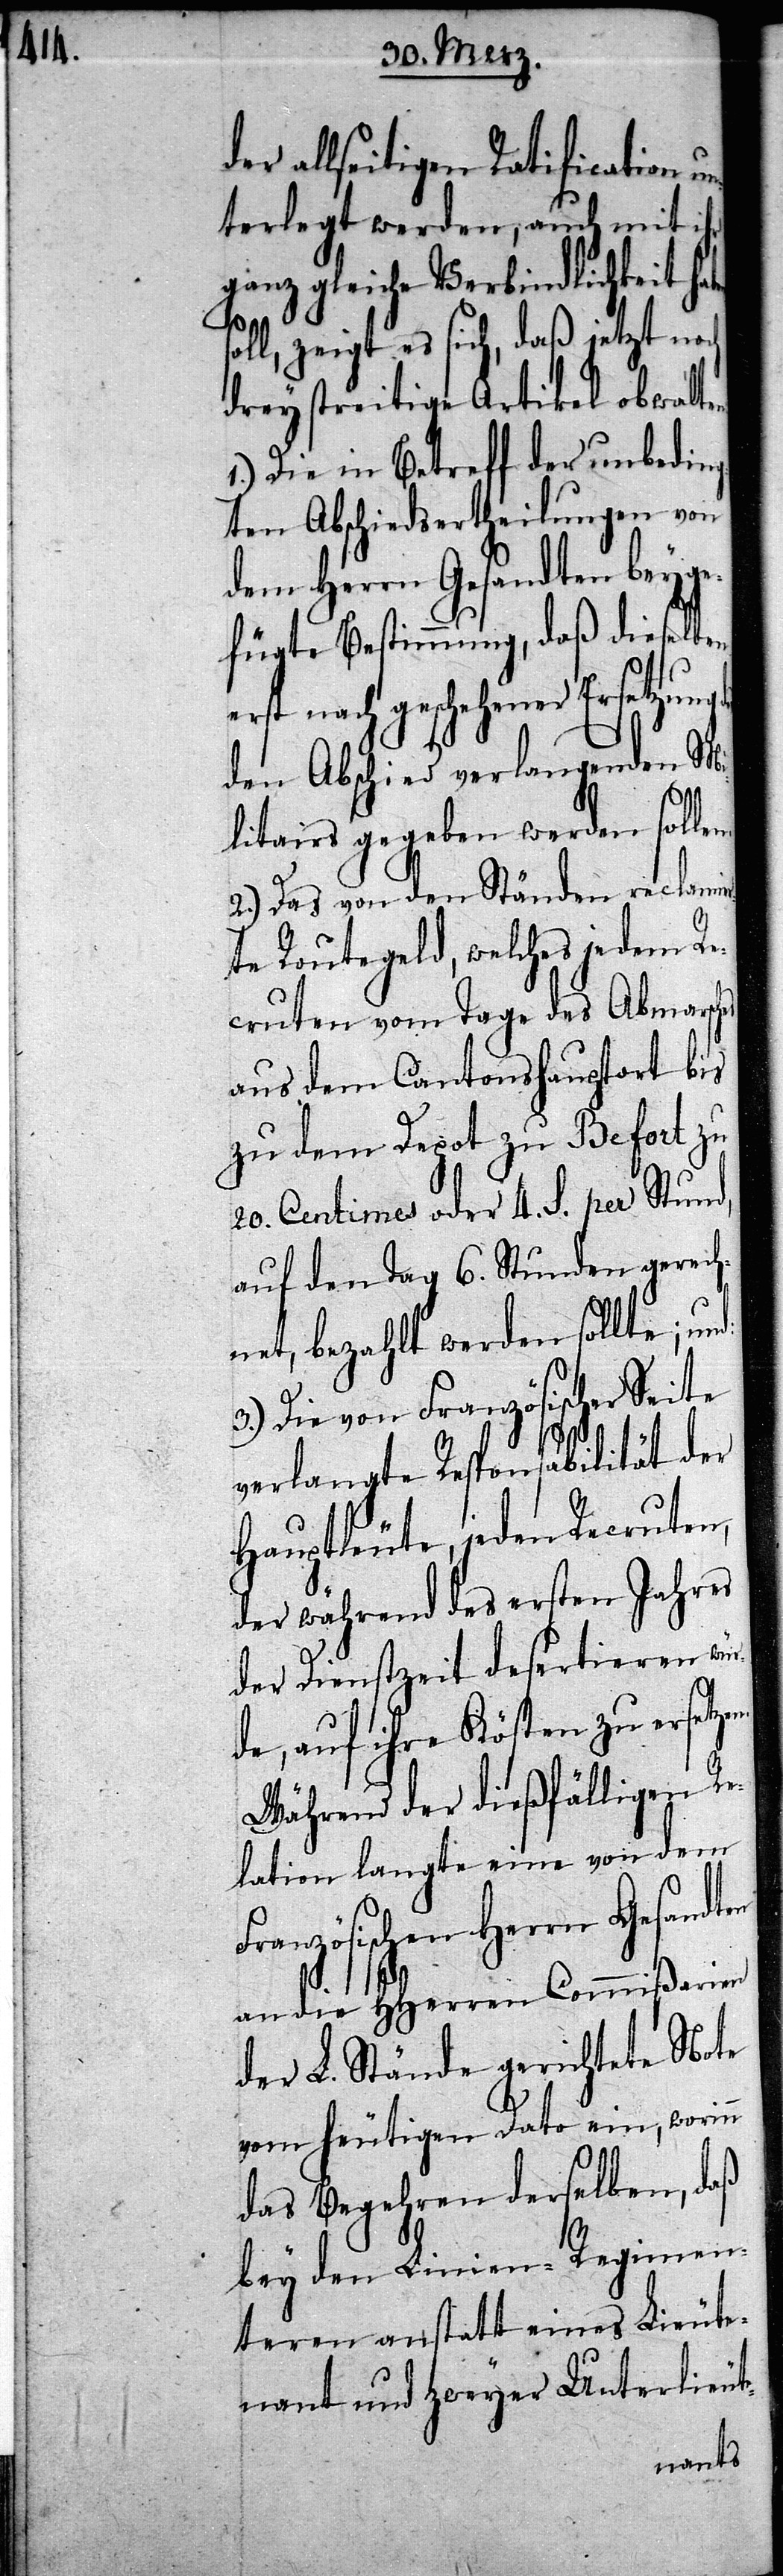
der allseitigen Ratification
terlegt werden, auch mit ihr
ganz gleiche Verbind¬
oll, zeigt es sich, daß jetzt noch
drey streitige Artik¬
nd¬
1.) Die in Betreff der
n.
ten Abschiedsertheilun¬
dem Herrn Gesandten beyge¬
eselben
fügte Bestimmung, daß
erst nach geschehener
en Mi¬
den Abschied verlange¬
litairs gegeben werden solle¬
2.) Das von den Ständen reclam¬
te Routegeld, welches jedem Re¬
cruten vom Tage des Abmarsch¬
aus dem Cantonshauptort bis
zu dem Depot zu Befort zu
20. Centimes oder 4. S. per Stund,
auf den Tag 6. Stunden gerech¬
net, bezahlt werden sollte; un¬
3.) Die von Französischer Seite
verlangte Responsabilität der
Hauptleute, jeden Recruten,
der während des ersten Jahres
der Dienstzeit desertieren wü¬
rde, auf ihre Kösten zu ersetze¬
Während der dießfälligen Re¬
lationen langte eine von dem
Französischen Herrn Gesandten
an die HHerren Commißarien
der L. Stände gerichtete Note
vom heutigen Dato ein, worinn
das Begehren derselben, daß
bey den Linien-Regimen¬
teren, anstatt eines Lieute¬
nant und zweyer Unterlieut-
d: